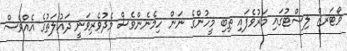
ވޯޓަރޒް ލިސްޓުގައި މަރުވެފައި ތިބި މީހުންގެ ނަން ހިމެނެންވެސް މެދުވެރިވަނީ ދައުލަތުގެ އެއްވެސް